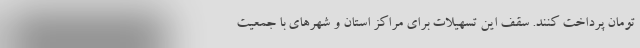
تومان پرداخت کنند. سقف این تسهیلات برای مراکز استان و شهرهای با جمعیت